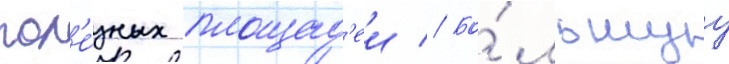
пол'е́зных площад'еи // Бо́льшуу